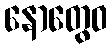
နောတွေဝ